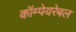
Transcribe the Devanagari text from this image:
कॉम्पेयरेबल